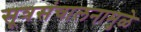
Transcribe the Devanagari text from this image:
सूत्रसंचालनामुळे